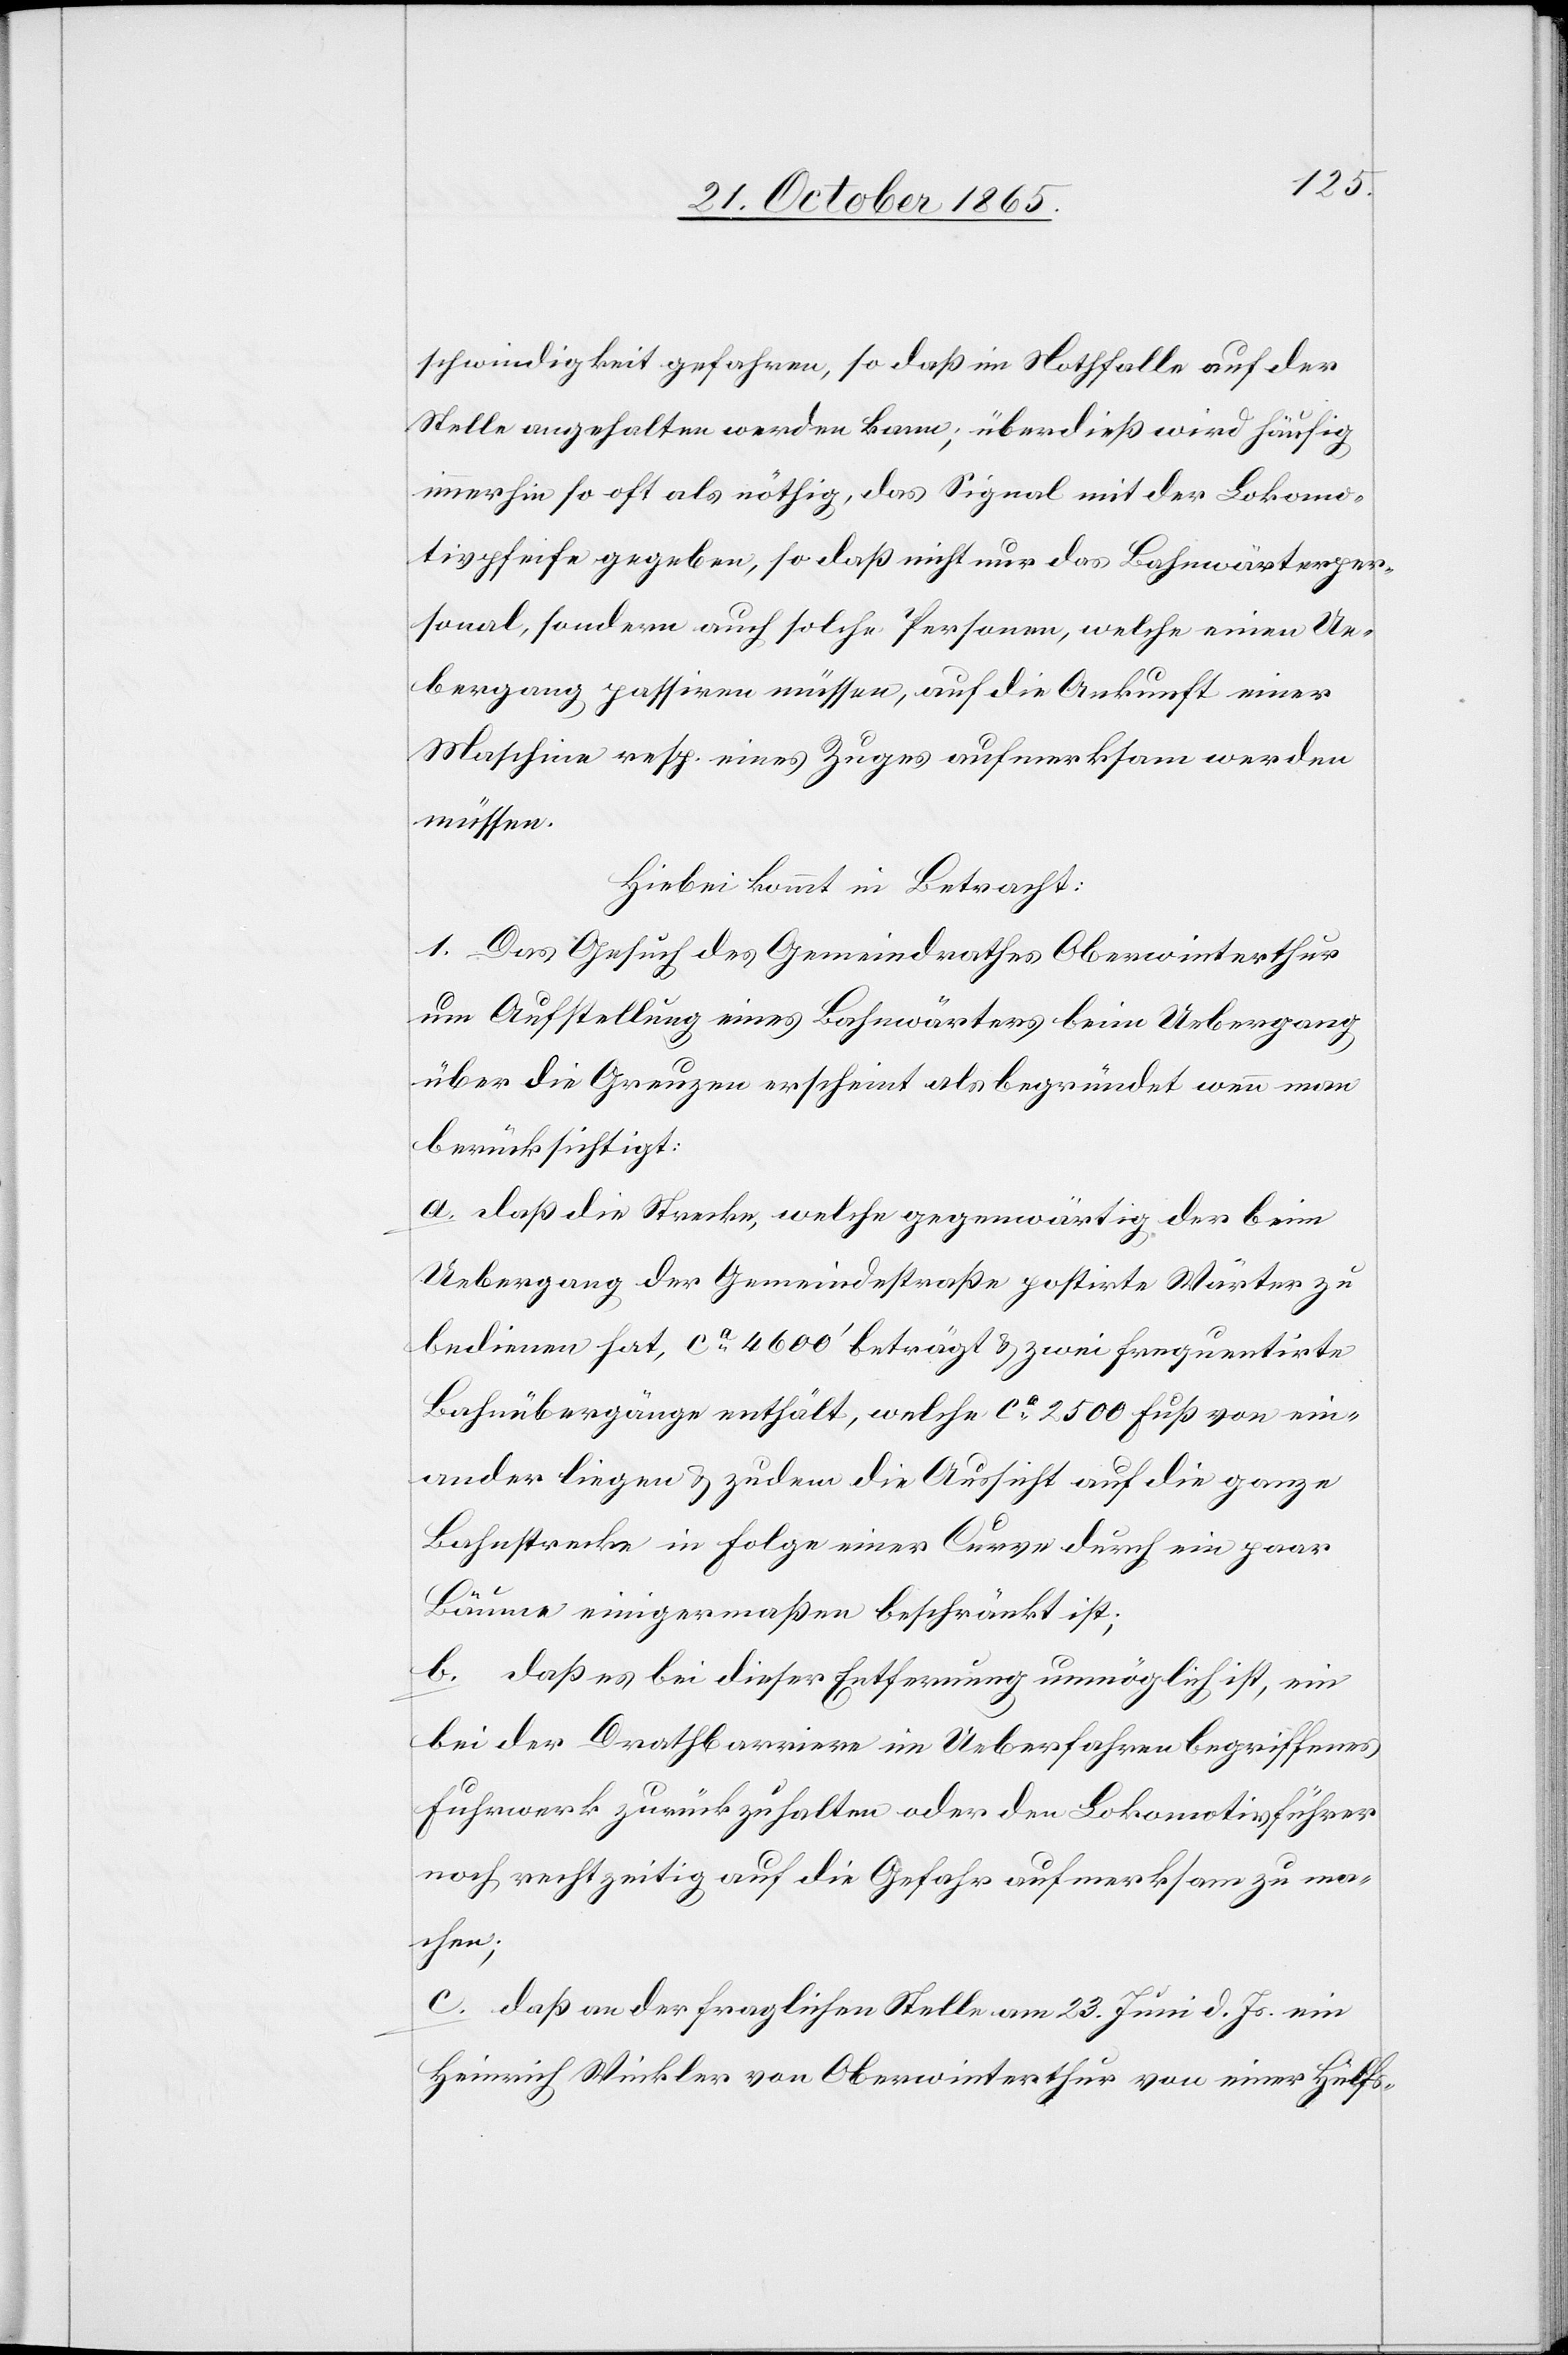
schwindigkeit gefahren, so daß im Nothfalle auf der
Stelle angehalten werden kann; überdieß wird häufig
immerhin so oft als nöthig, das Signal mit der Lokomo¬
tivpfeife gegeben, so daß nicht nur das Bahnwärterper¬
sonal, sondern auch solche Personen, welche einen Ue¬
bergang passiren müssen, auf die Ankunft einer
Maschine resp. eines Zuges aufmerksam werden
müssen.
Hiebei kommt in Betracht:
1. Das Gesuch des Gemeindrathes Oberwinterthur
um Aufstellung eines Bahnwärters beim Uebergang
über die Greuzen erscheint als begründet, wenn man
berücksichtigt:
a. daß die Strecke, welche gegenwärtig der beim
Uebergang der Gemeindestraße postirte Wärter zu
bedienen hat, ca 4600’ beträgt & zwei frequentirte
Bahnübergänge enthält, welche ca 2500 Fuß von ein¬
ander liegen & zudem die Aussicht auf die ganze
Bahnstrecke in Folge einer Curve durch ein paar
Bäume einigermaßen beschränkt ist;
b. daß es bei dieser Entfernung unmöglich ist, ein
bei der Drahtbarriere im Ueberfahren begriffenes
Fuhrwerk zurückzuhalten oder den Lokomotivführer
noch rechtzeitig auf die Gefahr aufmerksam zu ma¬
chen;
c. daß an der fraglichen Stelle am 23. Juni d. Js. ein
Heinrich Winkler von Oberwinterthur von einer Hülfs-